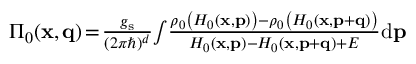
\begin{array} { r } { \Pi _ { 0 } ( \mathbf { x } , \mathbf { q } ) \! = \! \frac { g _ { \mathrm { s } } } { ( 2 \pi \hbar ) ^ { d } } \! \int \! \frac { \rho _ { 0 } \left( H _ { 0 } ( \mathbf { x } , \mathbf { p } ) \right) - \rho _ { 0 } \left( H _ { 0 } ( \mathbf { x } , \mathbf { p } + \mathbf { q } ) \right) } { H _ { 0 } ( \mathbf { x } , \mathbf { p } ) - H _ { 0 } ( \mathbf { x } , \mathbf { p } + \mathbf { q } ) + E } \mathrm { d } \mathbf { p } } \end{array}